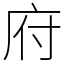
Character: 府